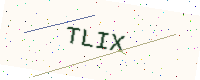
Text: TLIX